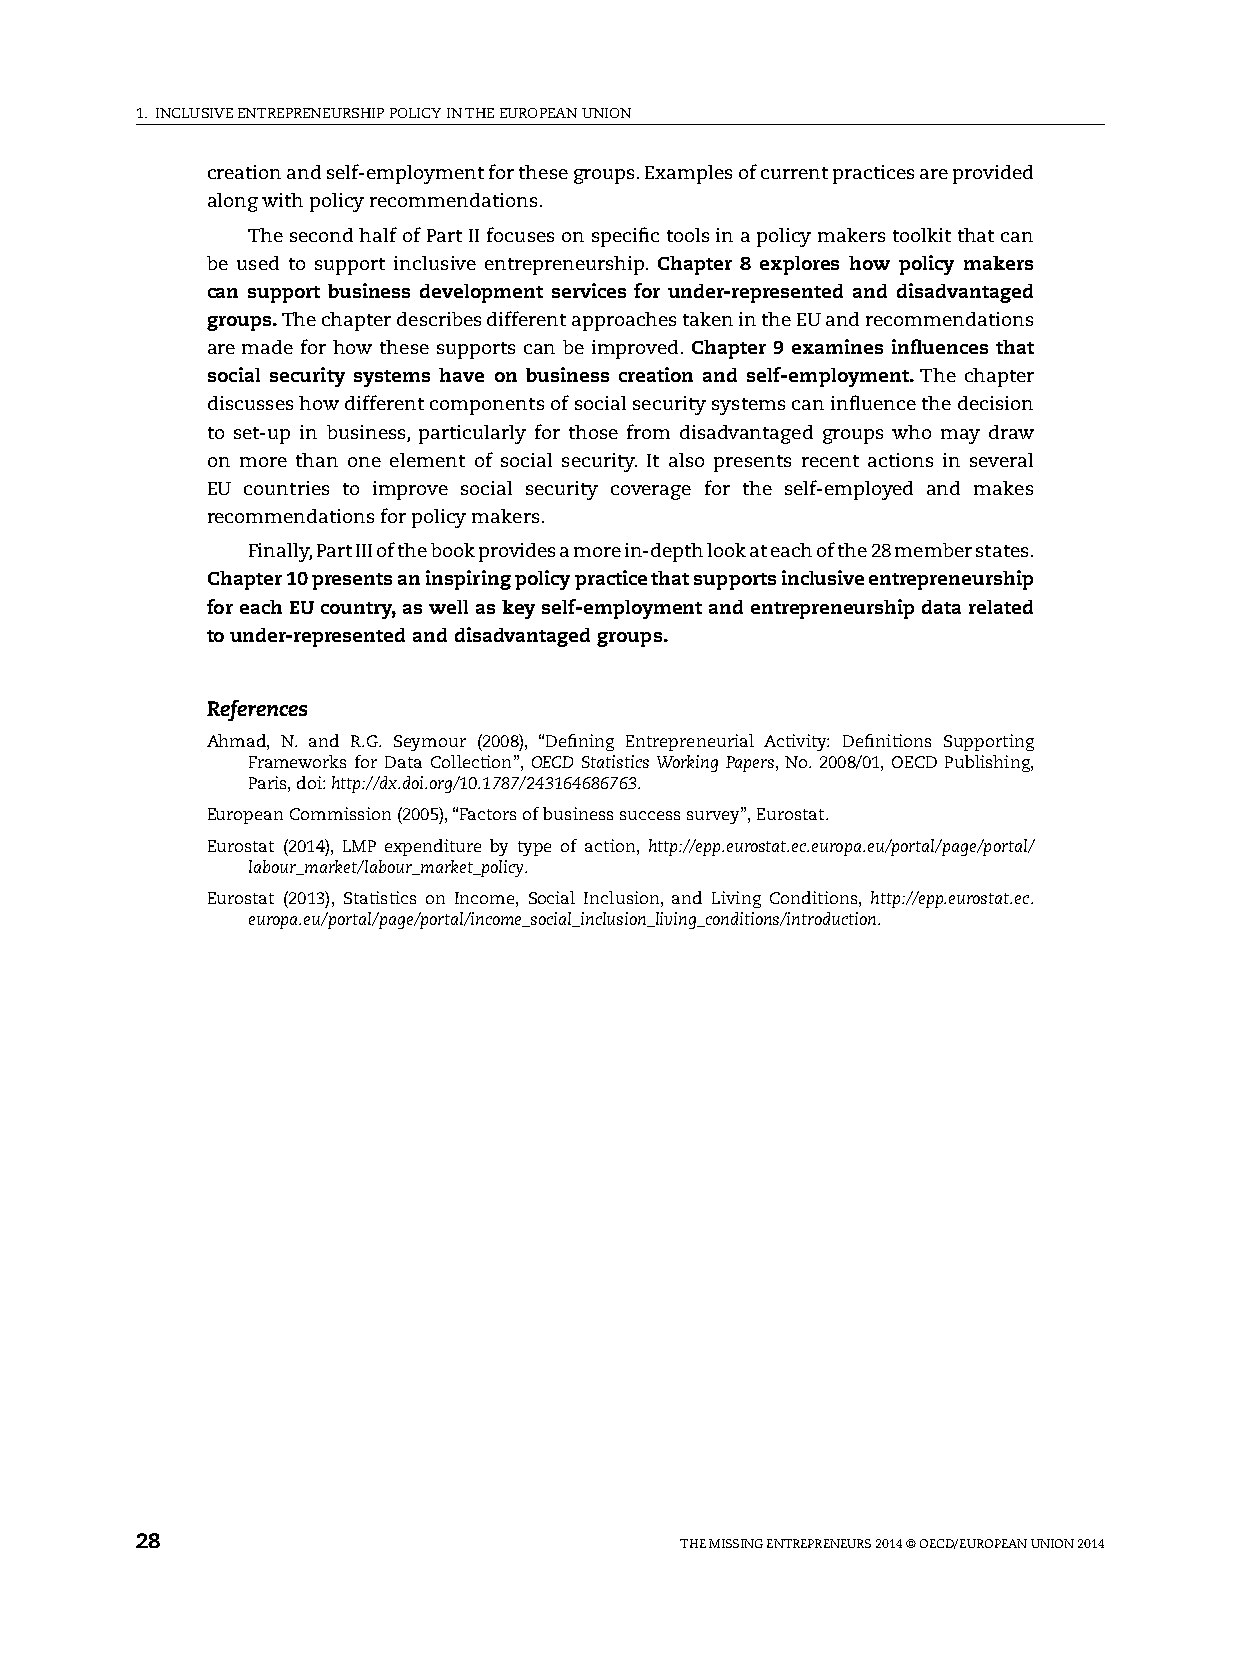
1. INClUsIvE ENTREpRENEURshIp pOlICy IN ThE EUROpEAN UNION
 creation and self-employment for these groups. Examples of current practices are provided
 along with policy recommendations.
 The second half of part II focuses on specific tools in a policy makers toolkit that can
 be used to support inclusive entrepreneurship. Chapter 8 explores how policy makers
 can support business development services for under-represented and disadvantaged
 groups. The chapter describes different approaches taken in the EU and recommendations
 are made for how these supports can be improved. Chapter 9 examines influences that
 social security systems have on business creation and self-employment. The chapter
 discusses how different components of social security systems can influence the decision
 to set-up in business, particularly for those from disadvantaged groups who may draw
 on more than one element of social security. It also presents recent actions in several
 EU countries to improve social security coverage for the self-employed and makes
 recommendations for policy makers.
 Finally, part III of the book provides a more in-depth look at each of the 28 member states.
 Chapter 10 presents an inspiring policy practice that supports inclusive entrepreneurship
 for each EU country, as well as key self-employment and entrepreneurship data related
 to under-represented and disadvantaged groups.
 References
 Ahmad, N. and R.G. seymour (2008), “Defining Entrepreneurial Activity: Definitions supporting
 Frameworks for Data Collection”, OECD Statistics Working Papers, No. 2008/01, OECD publishing,
 paris, doi: http://dx.doi.org/10.1787/243164686763.
 European Commission (2005), “Factors of business success survey”, Eurostat.
 Eurostat (2014), lMp expenditure by type of action, http://epp.eurostat.ec.europa.eu/portal/page/portal/
 labour_market/labour_market_policy.
 Eurostat (2013), statistics on Income, social Inclusion, and living Conditions, http://epp.eurostat.ec.
 europa.eu/portal/page/portal/income_social_inclusion_living_conditions/introduction.
 28                                  ThE MIssING ENTREpRENEURs 2014 © OECD/EUROpEAN UNION 2014